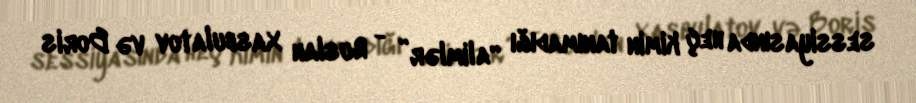
sessiyasında heç kimin tanımadığı “alimlər” - Ruslan Xasbulatov və Boris